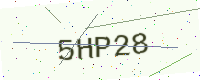
Text: 5HP28